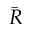
\bar { R }